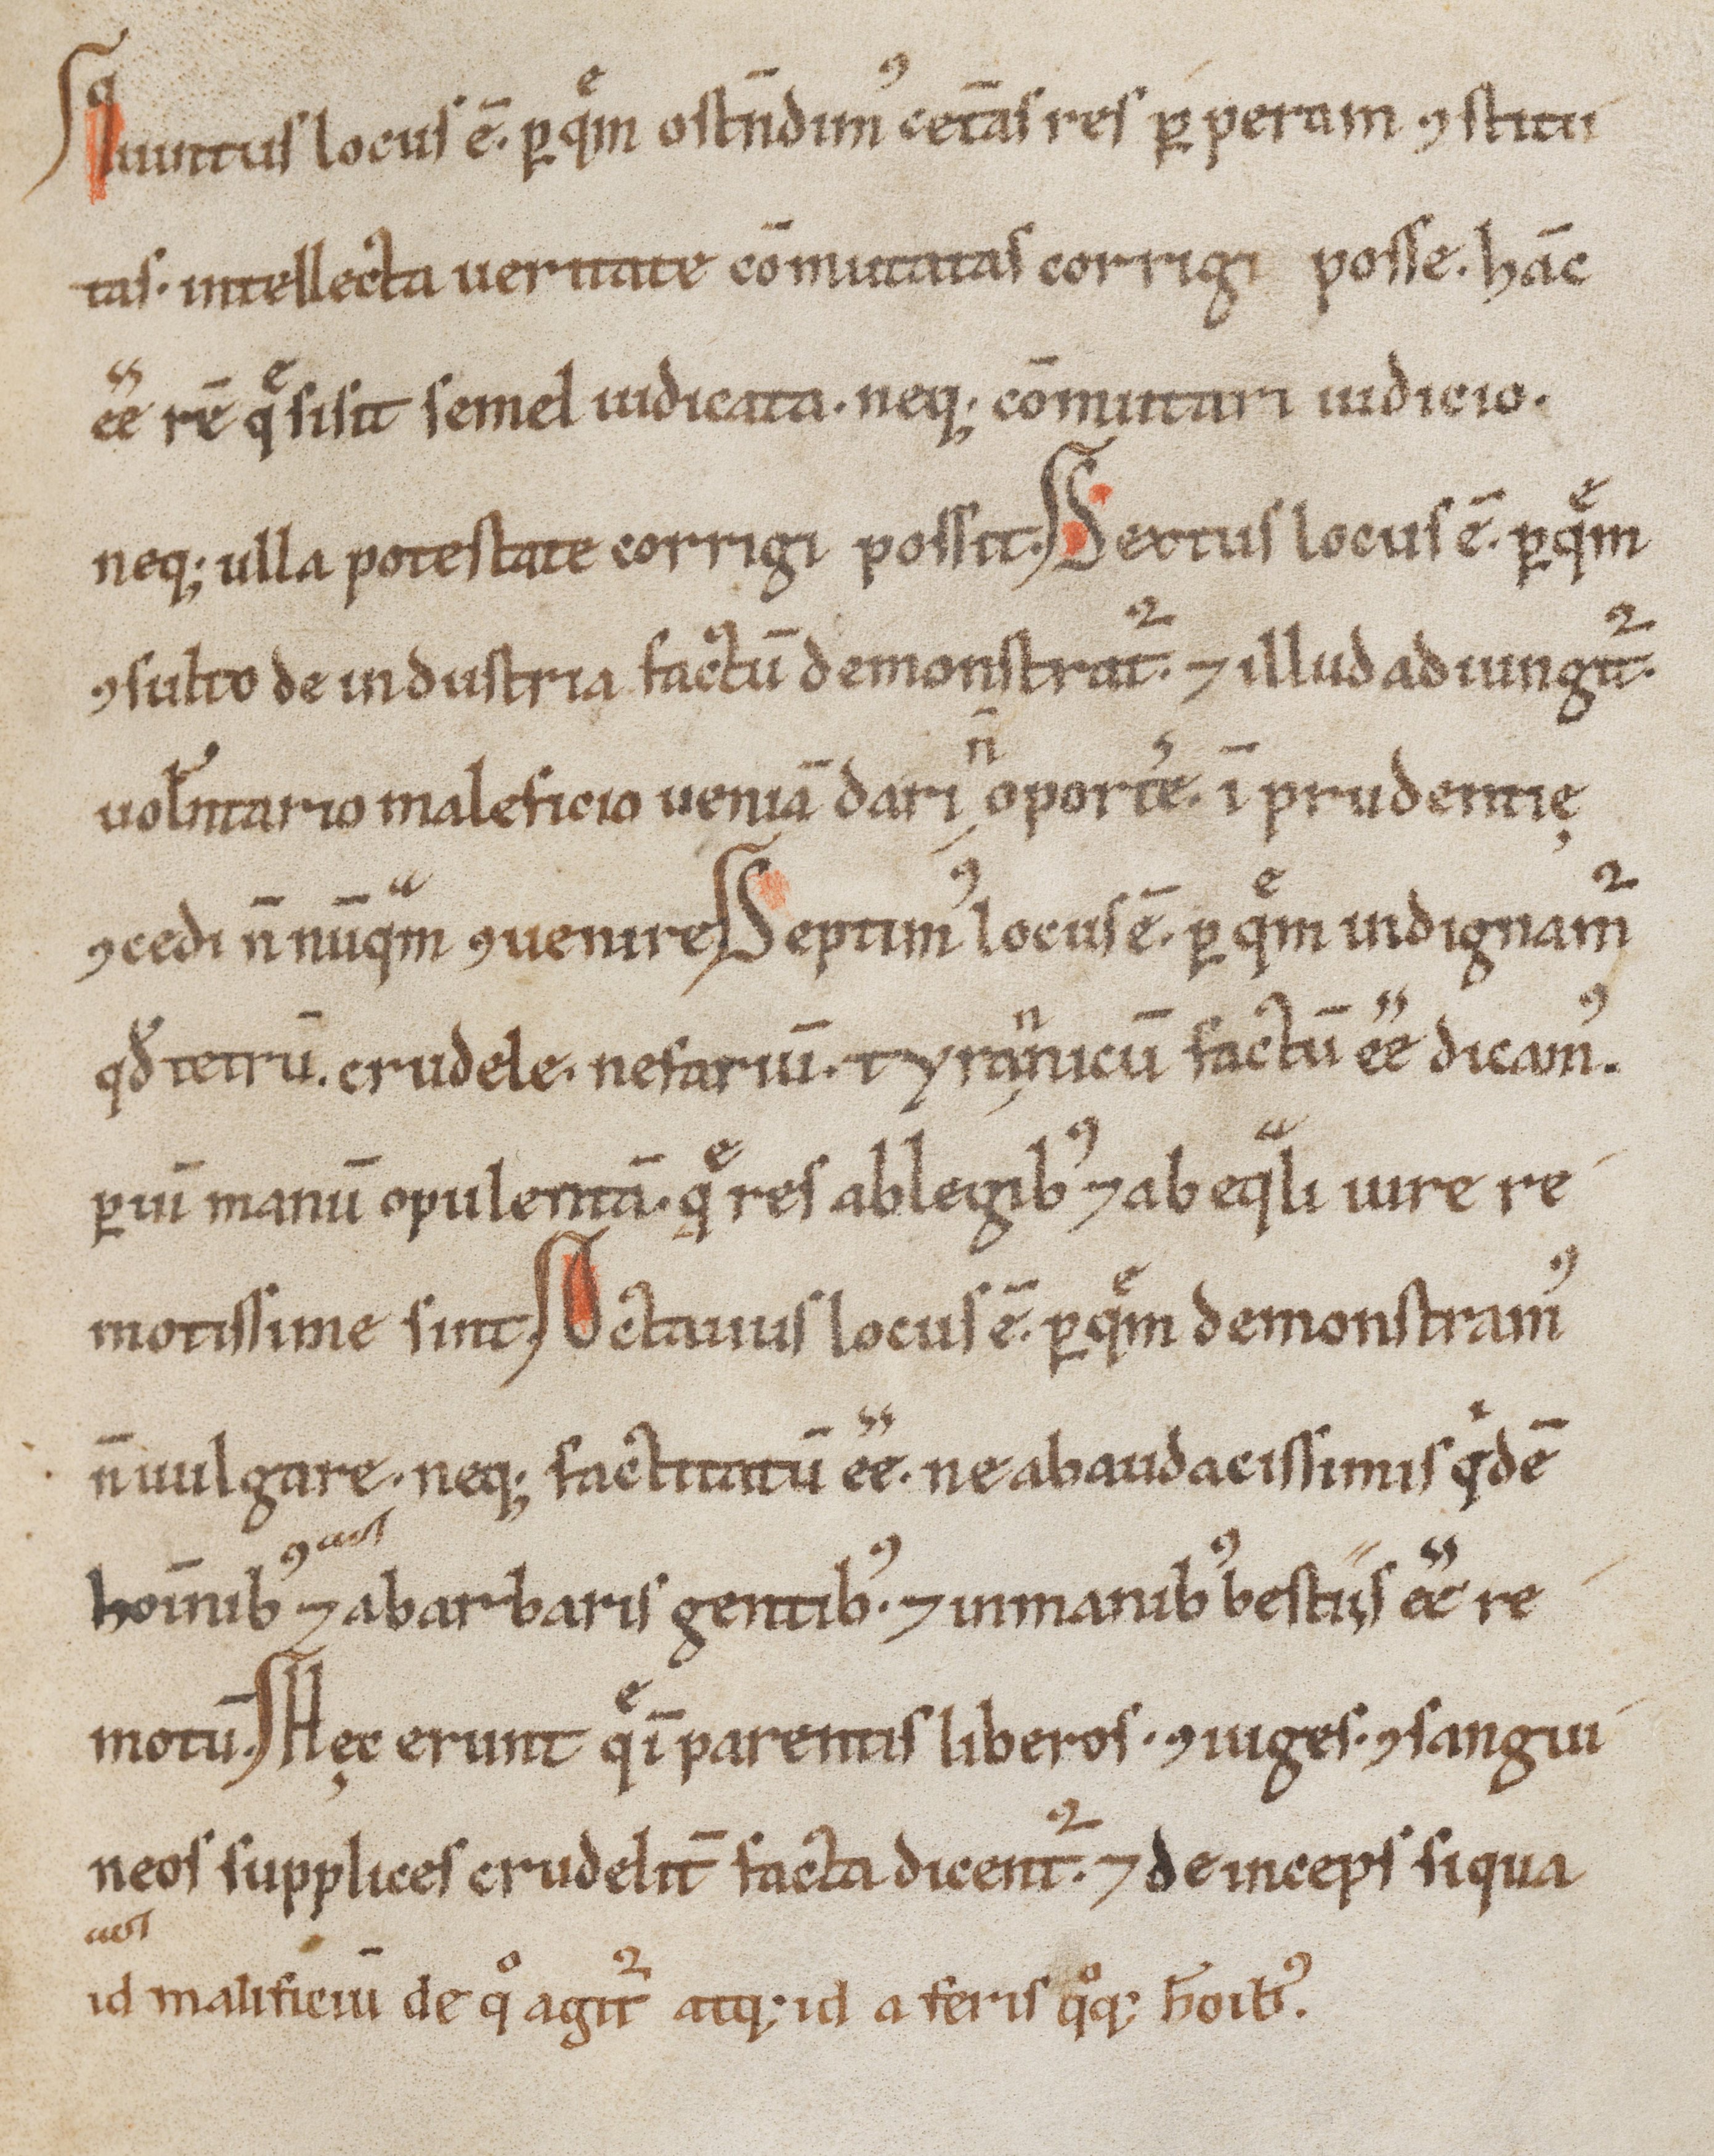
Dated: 1100–1199